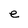
Character: e